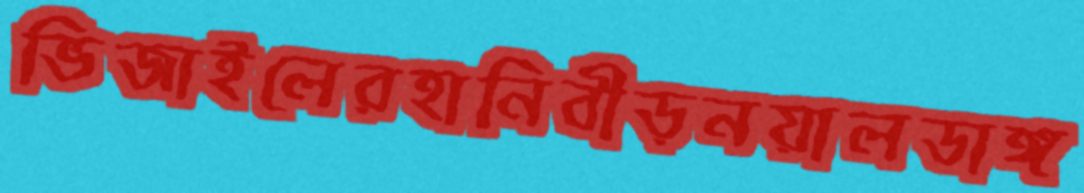
ভিজাইলেরহানিবীড়নয়ালডাঙ্গ